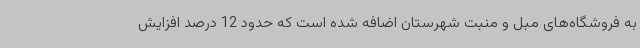
به فروشگاه‌های مبل و منبت شهرستان اضافه شده است که حدود 12 درصد افزایش